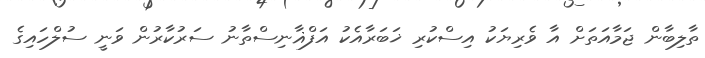
ތާލިބާން ޖަމާއަތަށް އާ ވެރިޔަކު އިސްކުރި ޚަބަރާއެކު އަފްޣާނިސްތާނު ސަރުކާރުން ވަނީ ސުލްހައިގެ